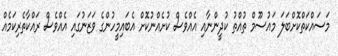
މަސައްކަތްކޮށްބަލަ މައުސޫމް ތުއްތު ކުދީންނާއި އެއްވެސް ކުށެއްނުކޮށް އެބައިމީހުންގެ ވަޒަނުގައި އެއްވެސް ރައްކާތެރިކަމެއް